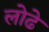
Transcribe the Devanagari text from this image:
लोढे